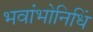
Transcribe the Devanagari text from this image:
भवांभोनिधिं